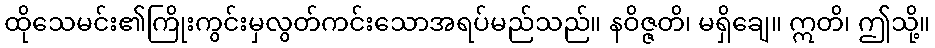
ထိုသေမင်း၏ကြိုးကွင်းမှလွတ်ကင်းသောအရပ်မည်သည်။ နဝိဇ္ဇတိ၊ မရှိချေ။ ဣတိ၊ ဤသို့။